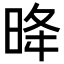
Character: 𪰠